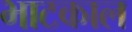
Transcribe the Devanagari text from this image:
भाटकाल